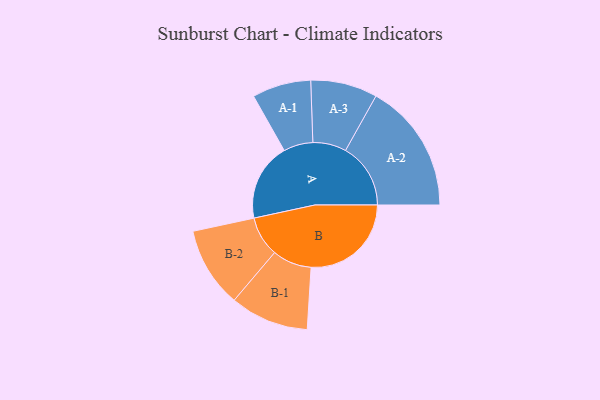
{"axis": {"x": "Segment", "y": "Value"}, "legend": ["", "A", "B"], "data": [{"x": "A", "y": 275, "type": ""}, {"x": "B", "y": 354, "type": ""}, {"x": "A-1", "y": 104, "type": "A"}, {"x": "A-2", "y": 230, "type": "A"}, {"x": "A-3", "y": 118, "type": "A"}, {"x": "B-1", "y": 139, "type": "B"}, {"x": "B-2", "y": 142, "type": "B"}]}